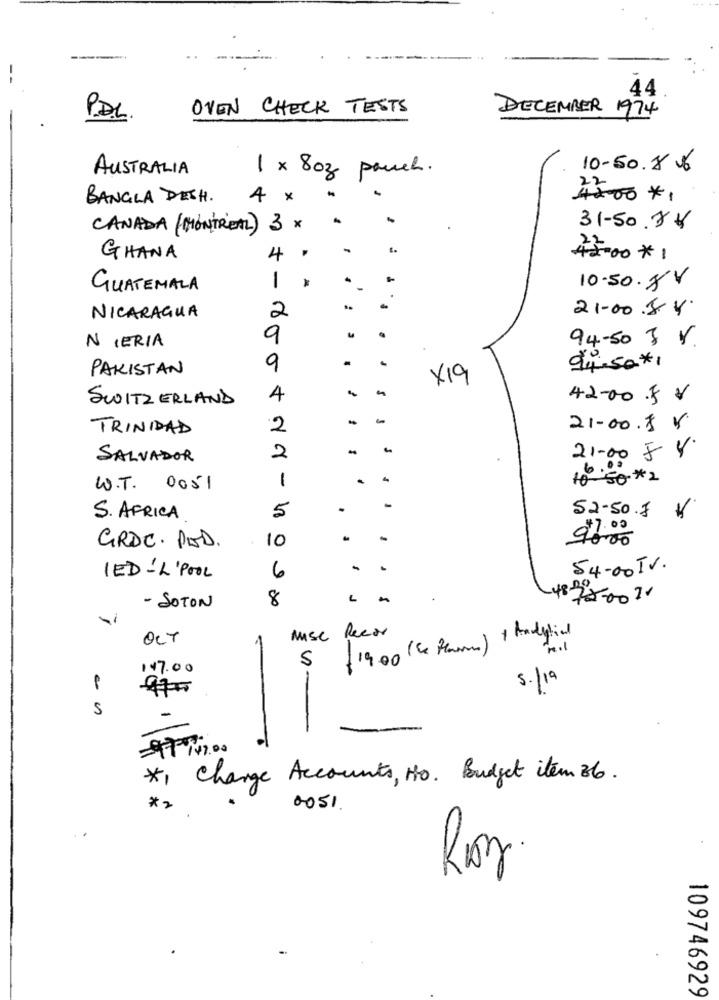
--
44
OVEN CHECK TESTS
DECEMBER 1974
P.D.L.
AUSTRALIA
1 x 8oz pouch.
10-50.86
BANGLA DESH.
4 x
4:00+1
CANADA (MONTREAL) 3 x
31-50.74
GHANA
4
4:00 * 1
1
GUATEMALA
10.50.8V
21-00.84.
NICARAGUA
2
N IERIA
9
.
94-50 3 V.
94.50#1
PAKISTAN
9
X19
SWITZERLAND
4
42-00 .5 V
TRINIDAD
2
21.00.8 V
-
21.00 5 Y.
SALVADOR
2
1
10 '50-#2
W.T. 0051
-
52-50.7
S. AFRICA
5
10
-
OT
GRDC. POD.
6
-
.
54.00 TV.
LED-L'POOL
8
L
+878-0010
- SOTON
Mise Recor
(19.00 ( ce Plm ) + Handytill
5
147.00
5.19
S
-
97. 147.00
*1 Charge Accounts, No. Budget item 36 .
*2
0051
109746929